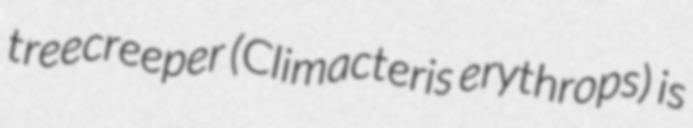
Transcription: treecreeper (Climacteris erythrops) is